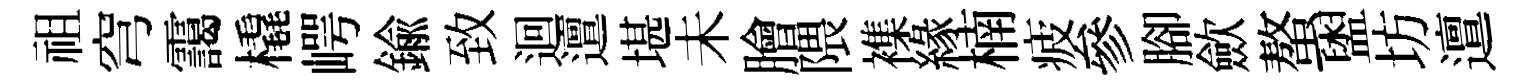
祖穹靄橇崿鍮致迴邅堪未膾隈襍緣楠疲參腳歛螯盥坊邅